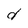
Character: d